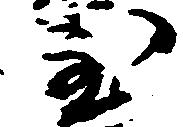
至